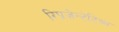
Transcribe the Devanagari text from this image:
रिप्रज़ेन्टेटिव्स